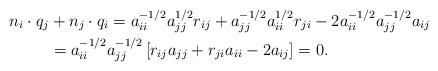
\begin{align*}n_i\cdot q_j &+ n_j\cdot q_i = a_{ii}^{-1/2}a_{jj}^{1/2}r_{ij} + a_{jj}^{-1/2}a_{ii}^{1/2}r_{ji} - 2a_{ii}^{-1/2}a_{jj}^{-1/2}a_{ij} \\ &= a_{ii}^{-1/2}a_{jj}^{-1/2}\left[r_{ij}a_{jj} + r_{ji}a_{ii} - 2a_{ij}\right] = 0.\end{align*}